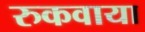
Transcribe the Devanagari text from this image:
रुकवाया